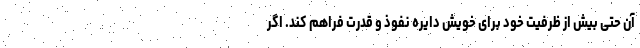
آن حتی بیش از ظرفیت خود برای خویش دایره نفوذ و قدرت فراهم کند‌. اگر